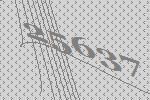
25637